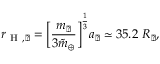
r _ { \mathrm { ~ H ~ } , { \rightmoon } } = \Big [ \frac { m _ { \rightmoon } } { 3 \tilde { m } _ { \oplus } } \Big ] ^ { \frac { 1 } { 3 } } a _ { \rightmoon } \simeq 3 5 . 2 ~ R _ { \rightmoon } ,